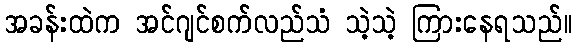
အခန်းထဲက အင်ဂျင်စက်လည်သံ သဲ့သဲ့ ကြားနေရသည်။